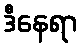
ဒီနေရာ